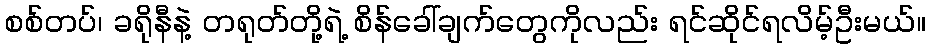
စစ်တပ်၊ ခရိုနီနဲ့ တရုတ်တို့ရဲ့ စိန်ခေါ်ချက်တွေကိုလည်း ရင်ဆိုင်ရလိမ့်ဦးမယ်။